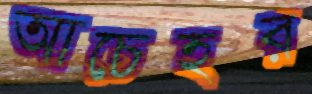
আচেহর